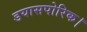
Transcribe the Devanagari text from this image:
डयासपोरिक।